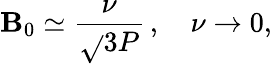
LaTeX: \mathbf{B}_{0}\simeq\frac{{\nu}}{{\sqrt{}{{3P}}}}\, ,\quad\nu\to0,